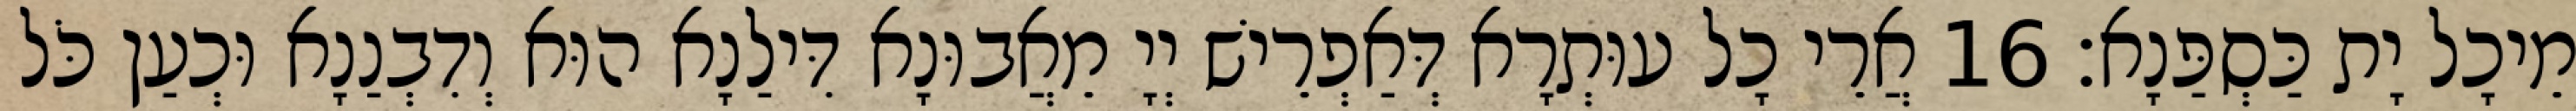
מֵיכָל יָת כַּסְפַּנָא׃ 16 אֲרֵי כָל עוּתְרָא דְּאַפְרֵישׁ יְיָ מֵאֲבוּנָא דִּילַנָא הוּא וְדִבְנַנָא וּכְעַן כֹּל